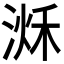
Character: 𣹌